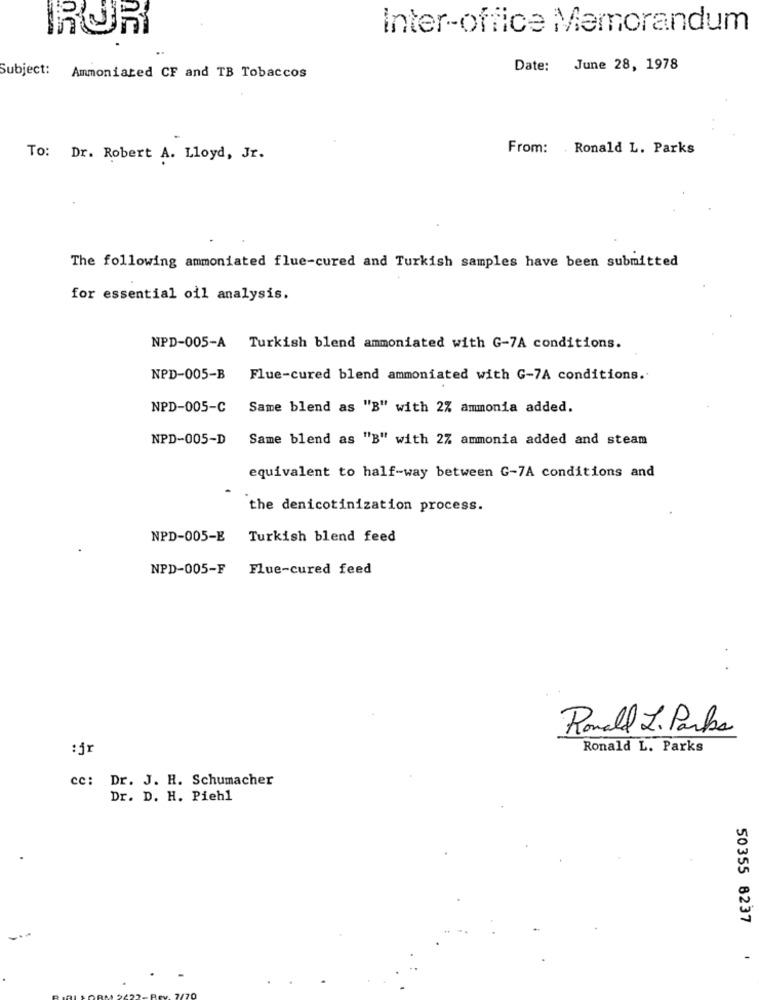
IRUR
Inter-office Memorandum
Subject:
Date: June 28, 1978
Ammoniated CF and TB Tobaccos
From: Ronald L. Parks
To: Dr. Robert A. Lloyd, Jr.
The following ammoniated flue-cured and Turkish samples have been submitted
for essential oil analysis.
NPD-005-A Turkish blend ammoniated with G-7A conditions.
NPD-005-B Flue-cured blend ammoniated with G-7A conditions ..
NPD-005-C Same blend as "B" with 2% ammonia added.
NPD-005-D
Same blend as "B" with 2% ammonia added and steam
equivalent to half-way between G-7A conditions and
the denicotinization process.
NPD-005-E
Turkish blend feed
NPD-005-F
Flue-cured feed
Ronald L. Parla
:jr
Ronald L. Parks
cc: Dr. J. H. Schumacher
Dr. D. H. Piehl
50355 8237